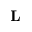
\mathbf { L }